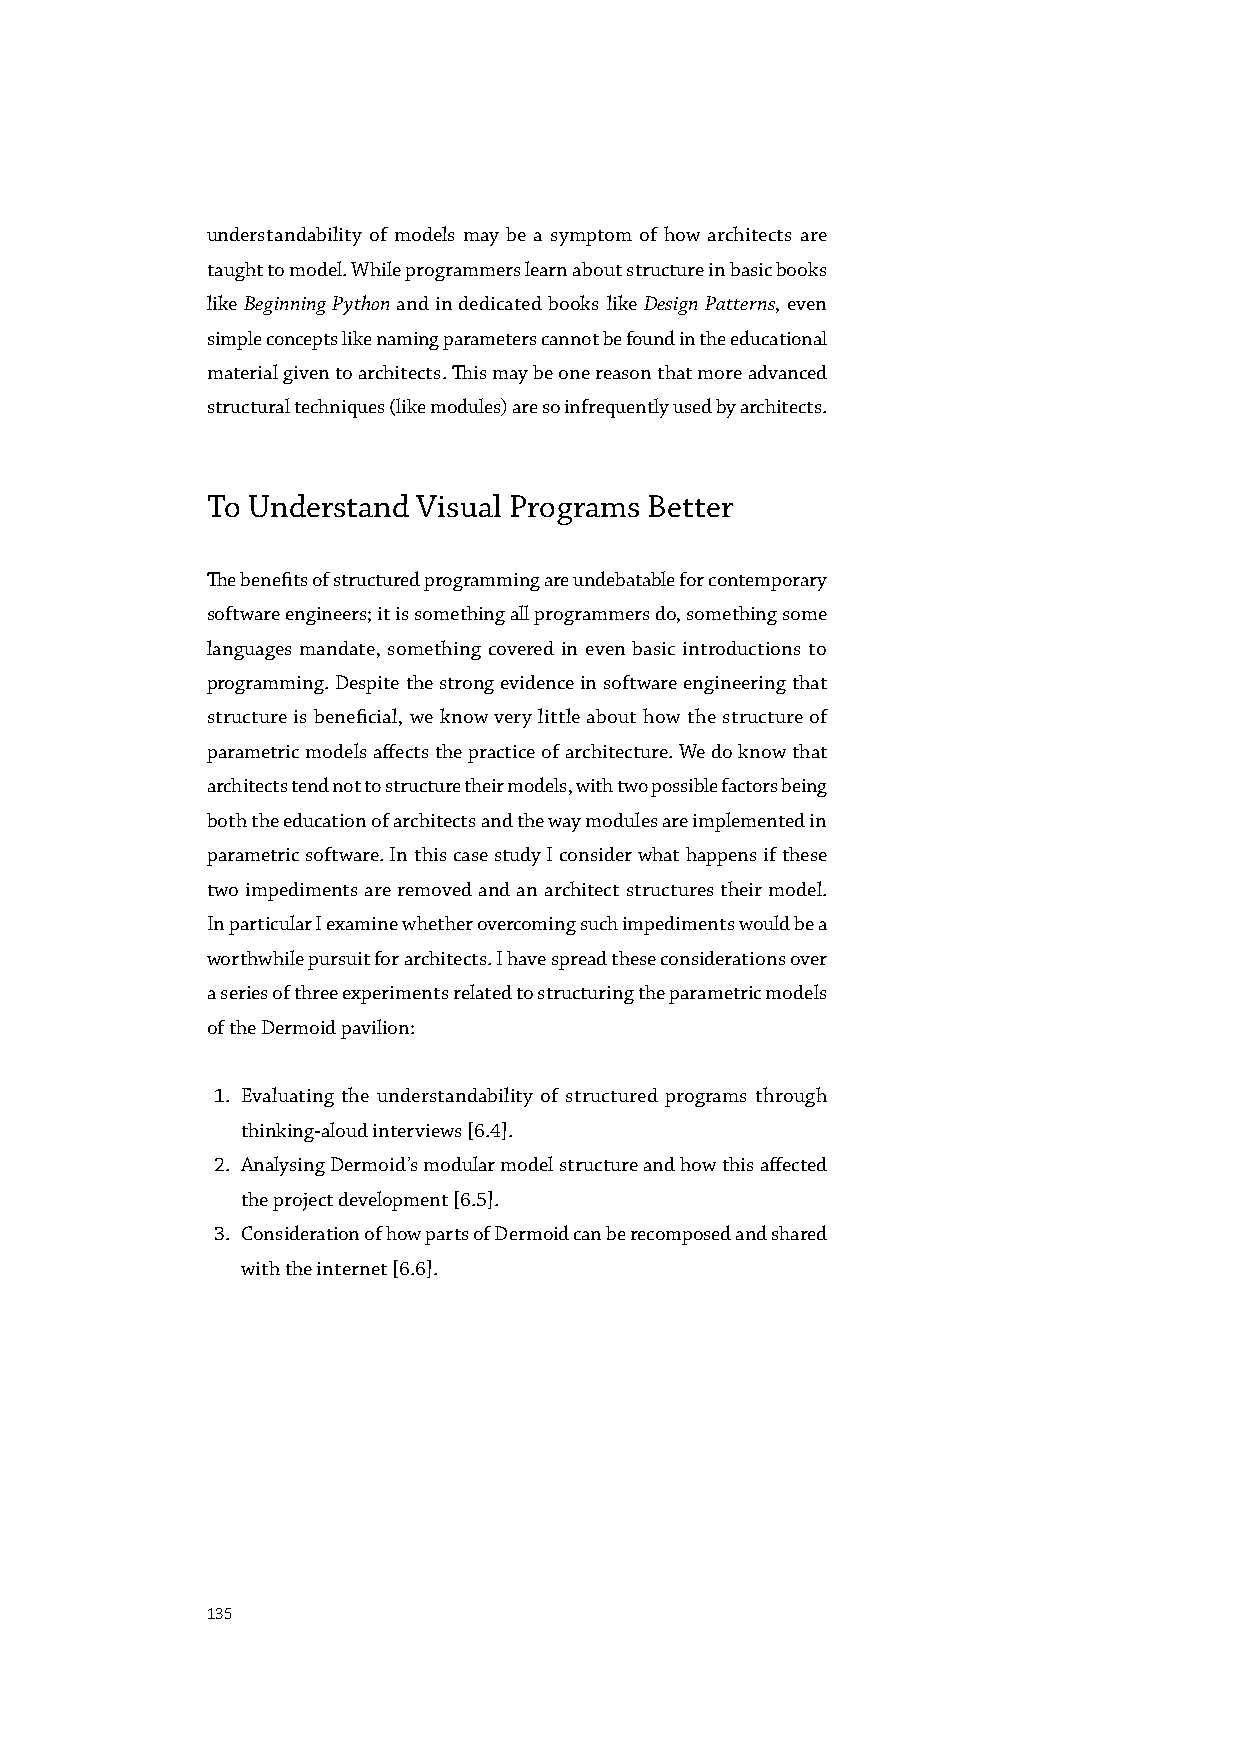
understandability of models may be a symptom of how architects are
 taught to model. While programmers learn about structure in basic books
 like Beginning Python and in dedicated books like Design Patterns, even
 simple concepts like naming parameters cannot be found in the educational
 material given to architects. This may be one reason that more advanced
 structural techniques (like modules) are so infrequently used by architects.
 To Understand Visual Programs Better
 The benefits of structured programming are undebatable for contemporary
 software engineers; it is something all programmers do, something some
 languages mandate, something covered in even basic introductions to
 programming. Despite the strong evidence in software engineering that
 structure is beneficial, we know very little about how the structure of
 parametric models affects the practice of architecture. We do know that
 architects tend not to structure their models, with two possible factors being
 both the education of architects and the way modules are implemented in
 parametric software. In this case study I consider what happens if these
 two impediments are removed and an architect structures their model.
 In particular I examine whether overcoming such impediments would be a
 worthwhile pursuit for architects. I have spread these considerations over
 a series of three experiments related to structuring the parametric models
 of the Dermoid pavilion:
 1. Evaluating the understandability of structured programs through
 thinking-aloud interviews [6.4].
 2. Analysing Dermoid’s modular model structure and how this affected
 the project development [6.5].
 3. Consideration of how parts of Dermoid can be recomposed and shared
 with the internet [6.6].
 135